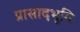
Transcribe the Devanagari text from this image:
प्रासादभूमि